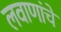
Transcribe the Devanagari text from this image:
लवाणांचे